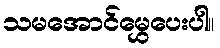
သမအောင်မွှေပေးပါ။